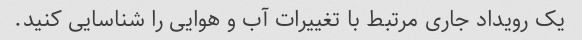
یک رویداد جاری مرتبط با تغییرات آب و هوایی را شناسایی کنید.